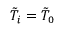
\tilde { T } _ { i } = \tilde { T } _ { 0 }